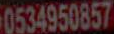
0534950857